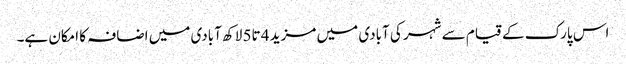
اس پارک کے قیام سے شہر کی آبادی میں مزید 4 تا5 لاکھ آبادی میں اضافہ کا امکان ہے۔